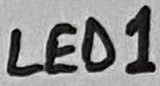
Text: LED1